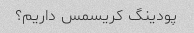
پودینگ کریسمس داریم؟